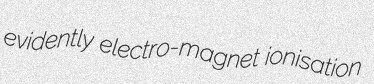
evidently electro-magnet ionisation